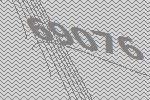
69076